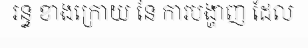
រន្ធ ខាងក្រោយ នៃ ការបង្ហាញ ដែល